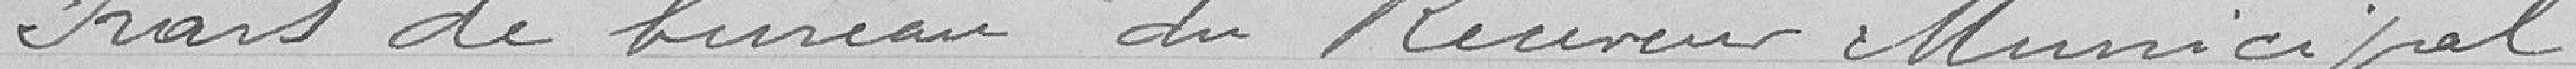
Frais de bureau du receveur municipal